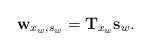
LaTeX: \begin{align*}\mathbf{w}_{x_w,s_w}=\mathbf{T}_{x_w}\mathbf{s}_w.\end{align*}